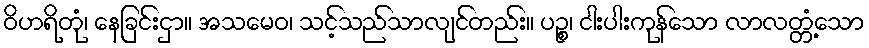
ဝိဟရိတုံ၊ နေခြင်းငှာ။ အသမေဝ၊ သင့်သည်သာလျင်တည်း။ ပဉ္စ၊ ငါးပါးကုန်သော လာလတ္တံ့သော